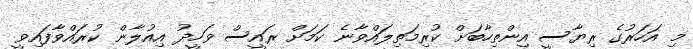
މި އަހަރުގެ ރިޔާސީ އިންތިހާބަށް ކުރިމަތިލައްވާނެ ކަމަށް ރައީސް ވަހީދު އިއުލާން ކުރައްވާފައިވީ